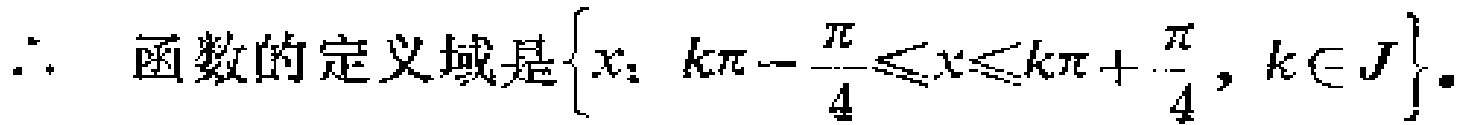
\(\therefore\) 函数的定义域是\(\left\{x：k\pi - \dfrac{\pi}{4}\leqslant x\leqslant k\pi + \dfrac{\pi}{4}, k\in J\right\}\)。